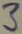
Text: 3